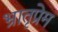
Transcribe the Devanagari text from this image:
भ्रातृप्रेम